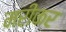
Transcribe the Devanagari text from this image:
मरीकर